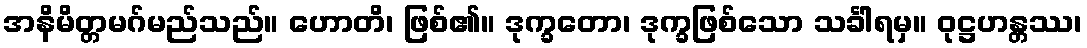
အနိမိတ္တမဂ်မည်သည်။ ဟောတိ၊ ဖြစ်၏။ ဒုက္ခတော၊ ဒုက္ခဖြစ်သော သင်္ခါရမှ။ ဝုဋ္ဌဟန္တဿ၊